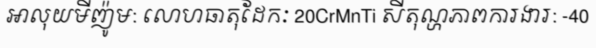
អាលុយមីញ៉ូម: លោហធាតុដែកៈ 20CrMnTi សីតុណ្ហភាពការងារ: -40